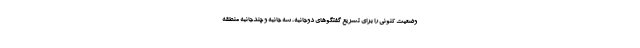
وضعیت کنونی را برای تسریع گفتگوهای دوجانبه، سه جانبه و چندجانبه منطقه